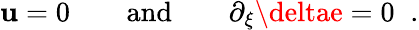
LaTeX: \mathbf{u}=0\qquad\mathrm{{and}}\qquad\partial_{\xi}\deltae=0\; \; .